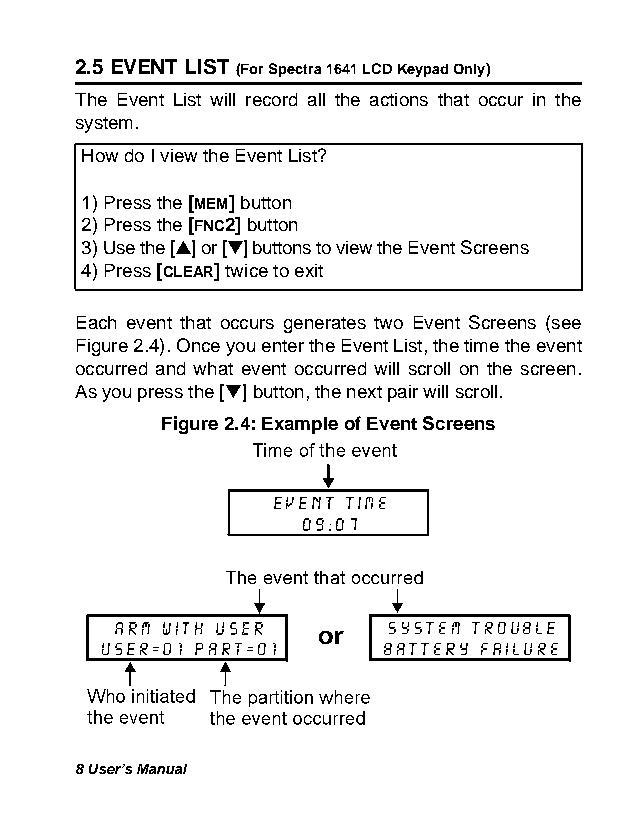
2.5 EVENT LIST (For Spectra 1641 LCD Keypad Only)
 The Event List will record all the actions that occur in the
 system.
 How do I view the Event List?
 1) Press the [MEM] button
 2) Press the [FNC2] button
 3) Use the [s] or [t] buttons to view the Event Screens
 4) Press [CLEAR] twice to exit
 Each event that occurs generates two Event Screens (see
 Figure 2.4). Once you enter the Event List, the time the event
 occurred and what event occurred will scroll on the screen.
 As you press the [t] button, the next pair will scroll.
 Figure 2.4: Example of Event Screens
 8 User’s Manual